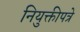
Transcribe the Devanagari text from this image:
नियुक्तीपत्रे